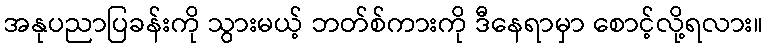
အနုပညာပြခန်းကို သွားမယ့် ဘတ်စ်ကားကို ဒီနေရာမှာ စောင့်လို့ရလား။